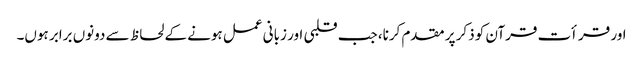
اور قرأت قرآن کو ذکر پر مقدم کرنا، جب قلبی اور زبانی عمل ہونے کے لحاظ سے دونوں برابر ہوں۔